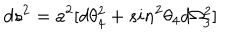
d s ^ { 2 } = a ^ { 2 } [ d \theta _ { 4 } ^ { 2 } + s i n ^ { 2 } \theta _ { 4 } d \Omega _ { 3 } ^ { 2 } ]